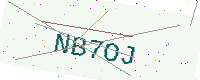
Text: NB7OJ